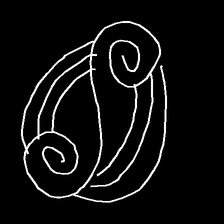
Glyph: wind-underfoot